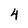
Character: 4